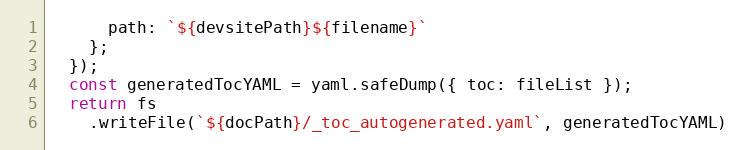
Language: JavaScript
      path: `${devsitePath}${filename}`
    };
  });
  const generatedTocYAML = yaml.safeDump({ toc: fileList });
  return fs
    .writeFile(`${docPath}/_toc_autogenerated.yaml`, generatedTocYAML)